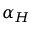
\alpha _ { H }